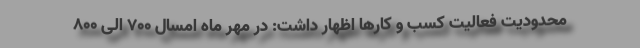
محدودیت فعالیت کسب و کارها اظهار داشت: در مهر ماه امسال 700 الی 800